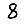
Digit: 8